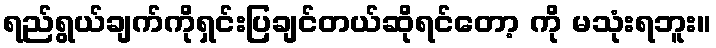
ရည်ရွယ်ချက်ကိုရှင်းပြချင်တယ်ဆိုရင်တော့ ကို မသုံးရဘူး။